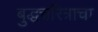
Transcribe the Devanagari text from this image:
बुद्धचरित्राचा